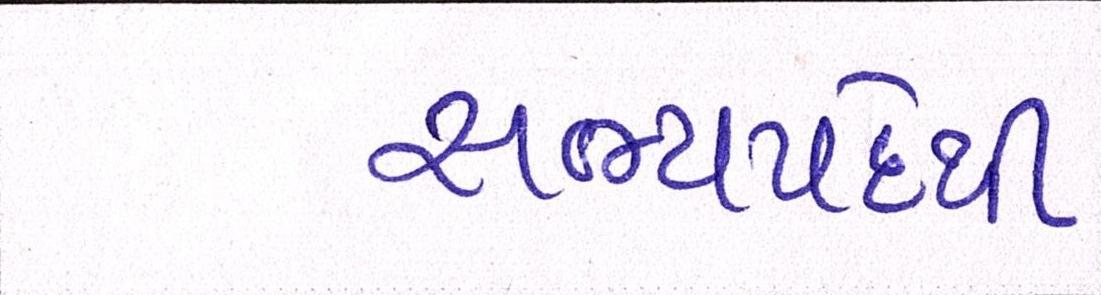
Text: સભ્યપદેથી